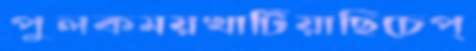
পুলকময়খাটিয়াছিচেপ্